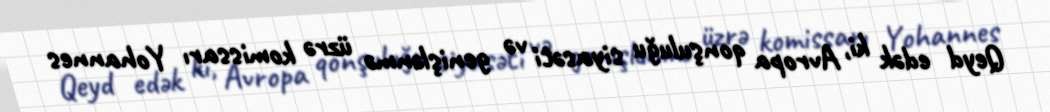
Qeyd edək ki, Avropa qonşuluğu siyasəti və genişlənmə üzrə komissarı Yohannes